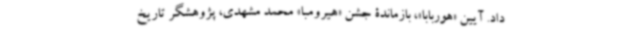
داد. آیین «هوربابا»، بازماندۀ جشن ‌«هیرومبا» محمد مشهدی، پژوهشگر تاریخ